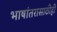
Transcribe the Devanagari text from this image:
भाषांतरासाठीही